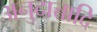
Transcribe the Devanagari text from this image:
अनुदात्तादि